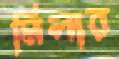
মিলার